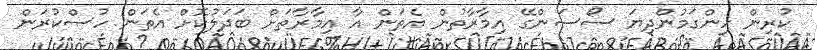
ކުރިން ހިންގަމުންދިޔަ ސޯސަންގޭ އިމާރާތުުން އެތަން އާ އިމާރާތަށް ބަދަލުކޮށް އެތަން ހުސްކުރަން